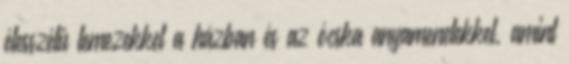
élesszélű lemezekkel a házban és az ócska anyamenetekkel, amint